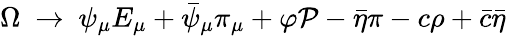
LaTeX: \Omega\ \to\ \psi_{\mu}E_{\mu}+\bar{\psi}_{\mu}\pi_{\mu}+\varphi{\cal P}-\bar{\eta}\pi-c\rho+\bar{c}\bar{\eta}